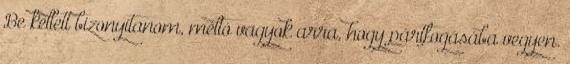
Be kellett bizonyítanom, méltó vagyok arra, hogy pártfogásába vegyen.